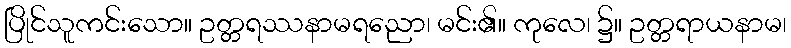
ပြိုင်သူကင်းသော။ ဥတ္တရဿနာမရညော၊ မင်း၏။ ကုလေ၊ ၌။ ဥတ္တရာယနာမ၊